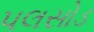
પલસોડ